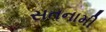
સતનામી